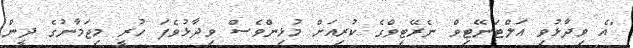
"އެ ވިދާޅުވި އަލްޓަނޭޓިވް ނެރޭޓިވްގެ ކުރިއަށް މުޅިންވެސް ވިދާޅުވެފަ ހުރީ މިޖަމާނުގެ ދީން